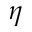
\eta